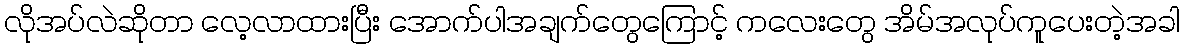
လိုအပ်လဲဆိုတာ လေ့လာထားပြီး အောက်ပါအချက်တွေကြောင့် ကလေးတွေ အိမ်အလုပ်ကူပေးတဲ့အခါ